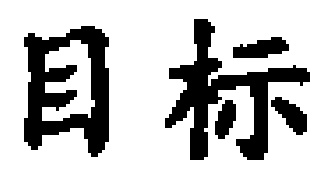
目标